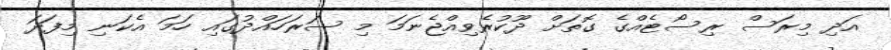
އަދި މިރަސް ރިސޯޓެއްގެ ގޮތަށް ދޫކުރެވިއްޖެނަމަ މި ސަރަހައްދުގައި ހަމަ އެކަނި މިފަދަ